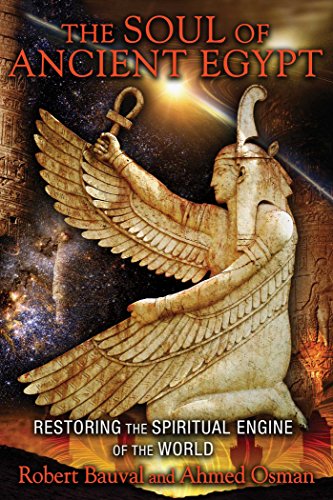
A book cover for The Soul of Ancient Egypt: Restoring the Spiritual Engine of the World; Robert Bauval; History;